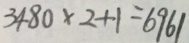
3 4 8 0 \times 2 + 1 = 6 9 6 1